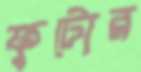
ফুটোর